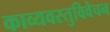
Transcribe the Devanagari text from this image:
काव्यवस्तुविवेचन